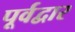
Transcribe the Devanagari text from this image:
पूर्वद्वार